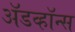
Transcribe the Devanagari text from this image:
ॲडव्हॉन्स